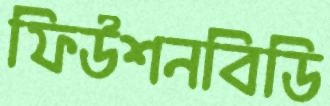
ফিউশনবিডি